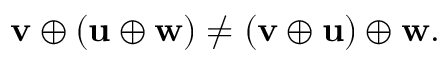
\mathbf { v } \oplus ( \mathbf { u } \oplus \mathbf { w } ) \neq ( \mathbf { v } \oplus \mathbf { u } ) \oplus \mathbf { w } .